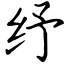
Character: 纾